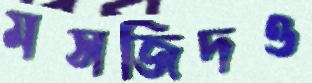
মসজিদও